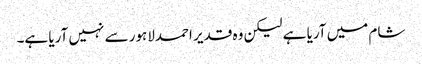
شام میں آریا ہے لیکن وہ قدیر احمدلاہور سے نہیں آریا ہے۔